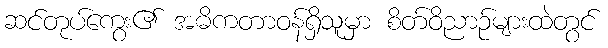
ဆင်တုပ်ကွေး၏ အဓိကတာဝန်ရှိသူမှာ စိတ်ဝိညာဉ်များထဲတွင်